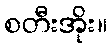
စတီးအိုး။